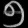
Digit: ၅